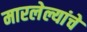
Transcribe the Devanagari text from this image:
मारलेल्यांचे